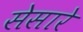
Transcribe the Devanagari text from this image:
सेसारे